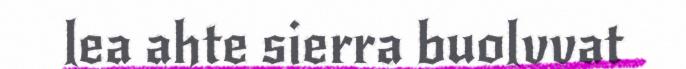
lea ahte sierra buolvvat